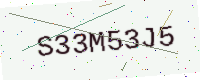
Text: S33M53J5